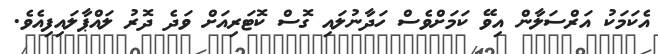
އެކަމަކު އަރްސަލާން އިވޭ ކަމަށްވެސް ހަދާނުލައި ގޮސް ކޮޓަރިއަށް ވަދެ ދޮރު ލައްޕާލައިފިއެވެ.